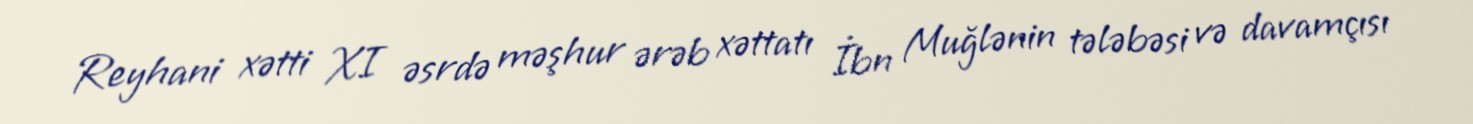
Reyhani xətti XI əsrdə məşhur ərəb xəttatı İbn Muğlənin tələbəsi və davamçısı